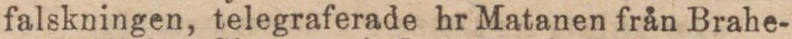
falskningen, telegraferade hr Matanen från Brahe-